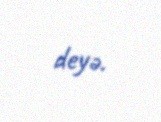
deyə.